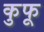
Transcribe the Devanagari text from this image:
कुफू